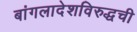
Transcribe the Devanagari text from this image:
बांगलादेशविरुद्धची